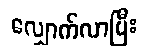
လျှောက်လာပြီး